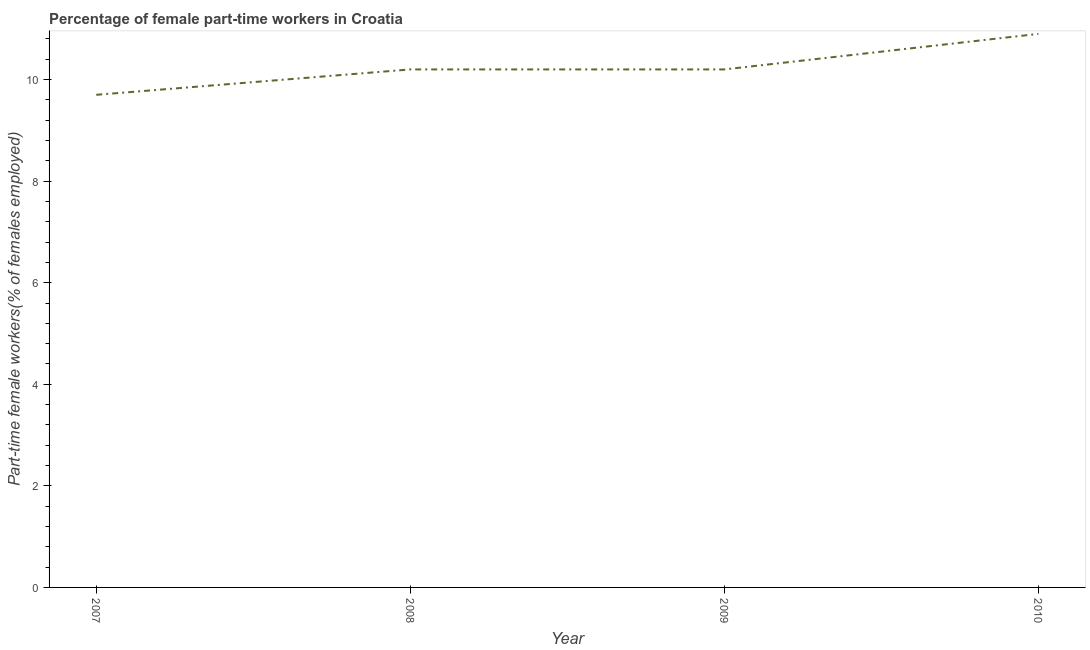
| Year | Part time employment |
 | --- | --- |
 | 2007 | 9.7 |
 | 2008 | 10.2 |
 | 2009 | 10.2 |
 | 2010 | 10.9 |